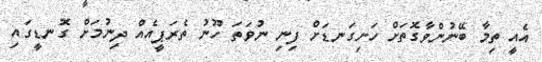
އެއީ ތިމާ ބޭނުންވާގޮތަށް ހަށިގަނޑަށް ފިނި ނުވަތަ ހޫނު ތެރަޕީއެއްް ދިނުމަށް ގޮނޑީގައި